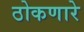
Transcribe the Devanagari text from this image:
ठोकणारे